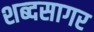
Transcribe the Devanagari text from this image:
शब्‍दसागर